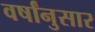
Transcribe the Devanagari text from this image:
वर्षांनुसार